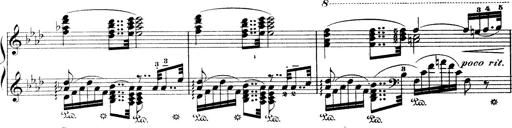
Title: Wagner-Liszt Album
Composer: Franz Liszt